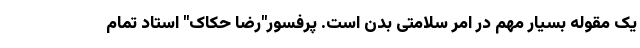
یک مقوله بسیار مهم در امر سلامتی بدن است. پرفسور"رضا حکاک" استاد تمام